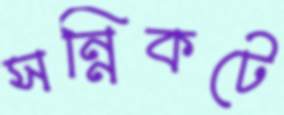
সন্নিকটে